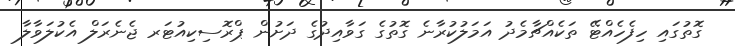
ގޮތުގައި ހިފެހެއްޓޭ ތަކެއްޗާމެދު އަމަލުކުރާނެ ގޮތުގެ ގަވާއިދުގެ ދަށުން ޕްރޮސިކިއުޓަރ ޖެނެރަލް އެކުލަވާލާ